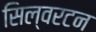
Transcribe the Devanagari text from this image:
सिल्वरटन